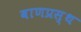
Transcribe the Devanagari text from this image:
वाणप्रस्थ